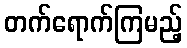
တက်ရောက်ကြမည့်